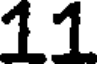
11